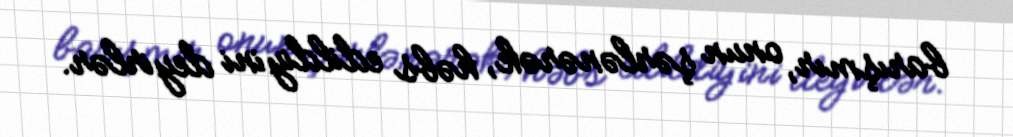
barışmır, onun şərlənərək, həbs edildiyini deyirlər.